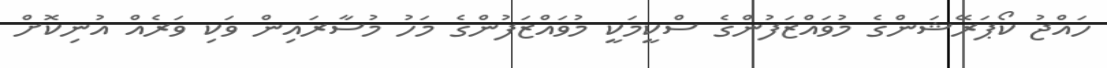
ހައްޖު ކޯޕަރޭޝަންގެ މުވައްޒަފުންގެ ސްކީމަކީ މުވައްޒަފުންގެ މަހު މުސާރައިން ވަކި ވަރެއް އުނިކޮށް